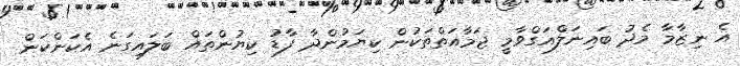
އެ ނިޒާމާ މެދު ބައިނަލްއަގްވާމީ ޖަމާއަތްތަކުން ކިޔަމުންދާ ފާޑު ކިޔުންތައް ބަލައިގަނެ އެކަންކަން